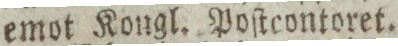
emot Kongl. Poſtcontoret.